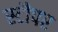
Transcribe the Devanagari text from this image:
स्टौपर